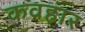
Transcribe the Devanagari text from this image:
कवहार